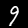
Label: 9